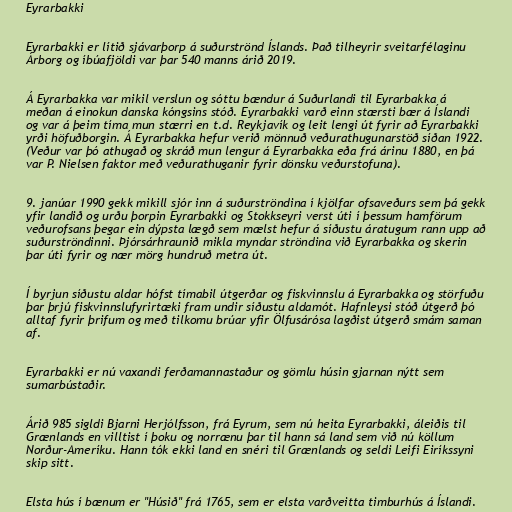
Eyrarbakki

Eyrarbakki er lítið sjávarþorp á suðurströnd Íslands. Það tilheyrir sveitarfélaginu
Árborg og íbúafjöldi var þar 540 manns árið 2019.

Á Eyrarbakka var mikil verslun og sóttu bændur á Suðurlandi til Eyrarbakka á
meðan á einokun danska kóngsins stóð. Eyrarbakki varð einn stærsti bær á Íslandi
og var á þeim tíma mun stærri en t.d. Reykjavík og leit lengi út fyrir að Eyrarbakki
yrði höfuðborgin. Á Eyrarbakka hefur verið mönnuð veðurathugunarstöð síðan 1922.
(Veður var þó athugað og skráð mun lengur á Eyrarbakka eða frá árinu 1880, en þá
var P. Nielsen faktor með veðurathuganir fyrir dönsku veðurstofuna).

9. janúar 1990 gekk mikill sjór inn á suðurströndina í kjölfar ofsaveðurs sem þá gekk
yfir landið og urðu þorpin Eyrarbakki og Stokkseyri verst úti í þessum hamförum
veðurofsans þegar ein dýpsta lægð sem mælst hefur á síðustu áratugum rann upp að
suðurströndinni. Þjórsárhraunið mikla myndar ströndina við Eyrarbakka og skerin
þar úti fyrir og nær mörg hundruð metra út.

Í byrjun síðustu aldar hófst tímabil útgerðar og fiskvinnslu á Eyrarbakka og störfuðu
þar þrjú fiskvinnslufyrirtæki fram undir síðustu aldamót. Hafnleysi stóð útgerð þó
alltaf fyrir þrifum og með tilkomu brúar yfir Ölfusárósa lagðist útgerð smám saman
af.

Eyrarbakki er nú vaxandi ferðamannastaður og gömlu húsin gjarnan nýtt sem
sumarbústaðir.

Árið 985 sigldi Bjarni Herjólfsson, frá Eyrum, sem nú heita Eyrarbakki, áleiðis til
Grænlands en villtist í þoku og norrænu þar til hann sá land sem við nú köllum
Norður-Ameríku. Hann tók ekki land en snéri til Grænlands og seldi Leifi Eiríkssyni
skip sitt.

Elsta hús í bænum er "Húsið" frá 1765, sem er elsta varðveitta timburhús á Íslandi.